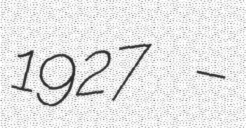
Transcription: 1927 –